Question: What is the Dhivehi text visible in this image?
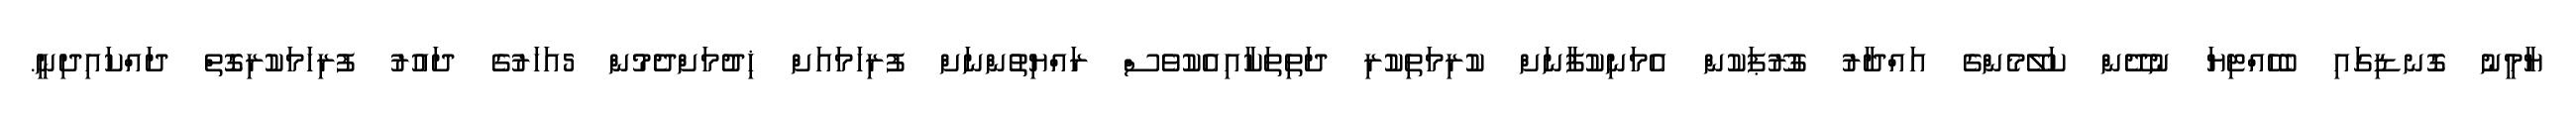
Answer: ޔާމީނު ގޮނޑިގައި ބެހެއްޓިޔަ ނުދޭން ކަލޭމެންގެ އައްދާރު ގުރޫޕަކުން އެމަނިކުފާނަށް ކުރިމަތިކުރި ދަތިތަކާއިއެކުވެސް ރައްޔިތުންނަށް ފުރިހަމައަށް ޚިދުމަށްދެމުން 5އަހަރުގެ ދައުރު ފުރިހަމަކުރިގޮތް ދައްކައިދިނީ.